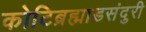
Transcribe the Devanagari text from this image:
कोटिब्रह्माडसंदुरी